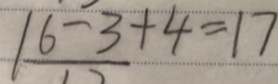
1 6 - 3 + 4 = 1 7